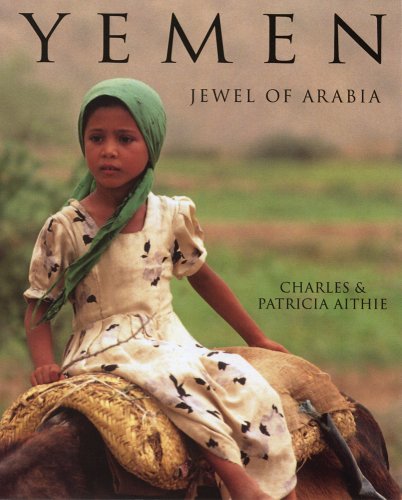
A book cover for Yemen: Jewel of Arabia; Charles Aithie; Travel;